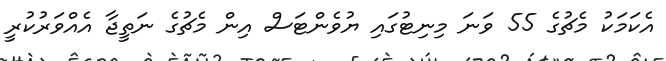
އެކަމަކު މެޗުގެ 55 ވަނަ މިނިޓުގައި ޔުވެންޓަސް އިން މެޗުގެ ނަތީޖާ އެއްވަރުކުރީ